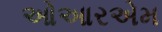
ઓઆરએમ